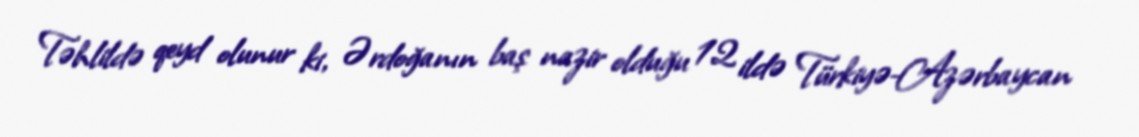
Təhlildə qeyd olunur ki, Ərdoğanın baş nazir olduğu 12 ildə Türkiyə-Azərbaycan